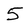
Character: 5